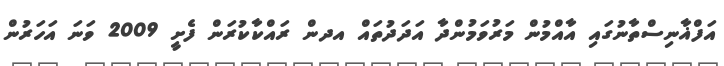
އަފްޣާނިސްތާނުގައި އާއްމުން މަރުވަމުންދާ އަދަދުތައް އދން ރައްކާކުރަން ފެށީ 2009 ވަނަ އަހަރުން